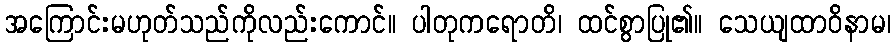
အကြောင်းမဟုတ်သည်ကိုလည်းကောင်။ ပါတုကရောတိ၊ ထင်စွာပြု၏။ သေယျထာဝိနာမ၊